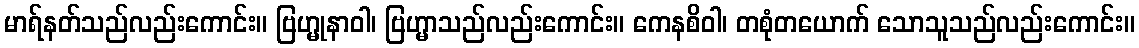
မာရ်နတ်သည်လည်းကောင်း။ ဗြဟ္မုနာဝါ၊ ဗြဟ္မာသည်လည်းကောင်း။ ကေနစိဝါ၊ တစုံတယောက် သောသူသည်လည်းကောင်း။